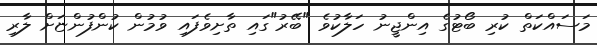
މަސައްކަތް ކުރި ބޯޓުގެ އިންޖީނު ހަލާކުވެ "ބޭރު"ގައި ތާށިވެފައި ވުމުން ކުންފުންޏަށް ލާރި